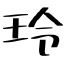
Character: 玲